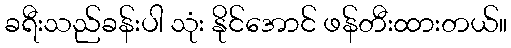
ခရီးသည်ခန်းပါ သုံး နိုင်အောင် ဖန်တီးထားတယ်။